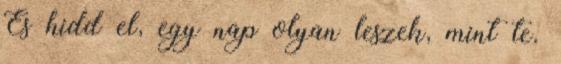
És hidd el, egy nap olyan leszek, mint te.